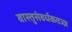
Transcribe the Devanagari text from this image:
वास्तुसंवर्धकतज्ज्ञ